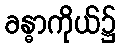
ခန္ဓာကိုယ်၌